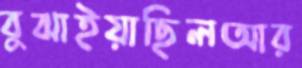
বুঝাইয়াছিলআর